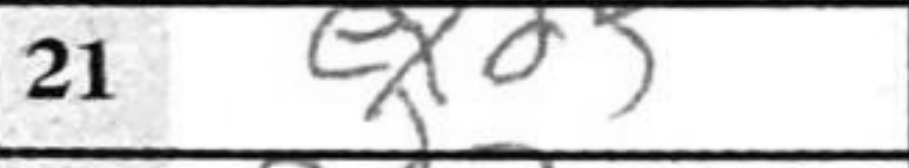
Transcription: exdf